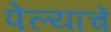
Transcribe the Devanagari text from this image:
पेल्याचे